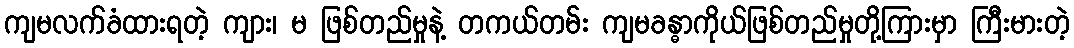
ကျမလက်ခံထားရတဲ့ ကျား၊ မ ဖြစ်တည်မှုနဲ့ တကယ်တမ်း ကျမခန္ဓာကိုယ်ဖြစ်တည်မှုတို့ကြားမှာ ကြီးမားတဲ့